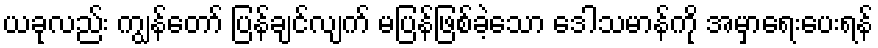
ယခုလည်း ကျွန်တော် ပြန်ချင်လျက် မပြန်ဖြစ်ခဲ့သော ဒေါသမာန်ကို အမှာရေးပေးရန်